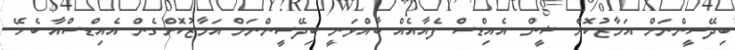
ބިދޭސީންނަށް އަމާޒުކޮށް ޝީން އެއިޑްސް ފެއާއެއް ބާއްވަނީ ބިދޭސީންނަށް އަމާޒުކޮށްގެން އެއިޑްސްއާ ބެހޭ